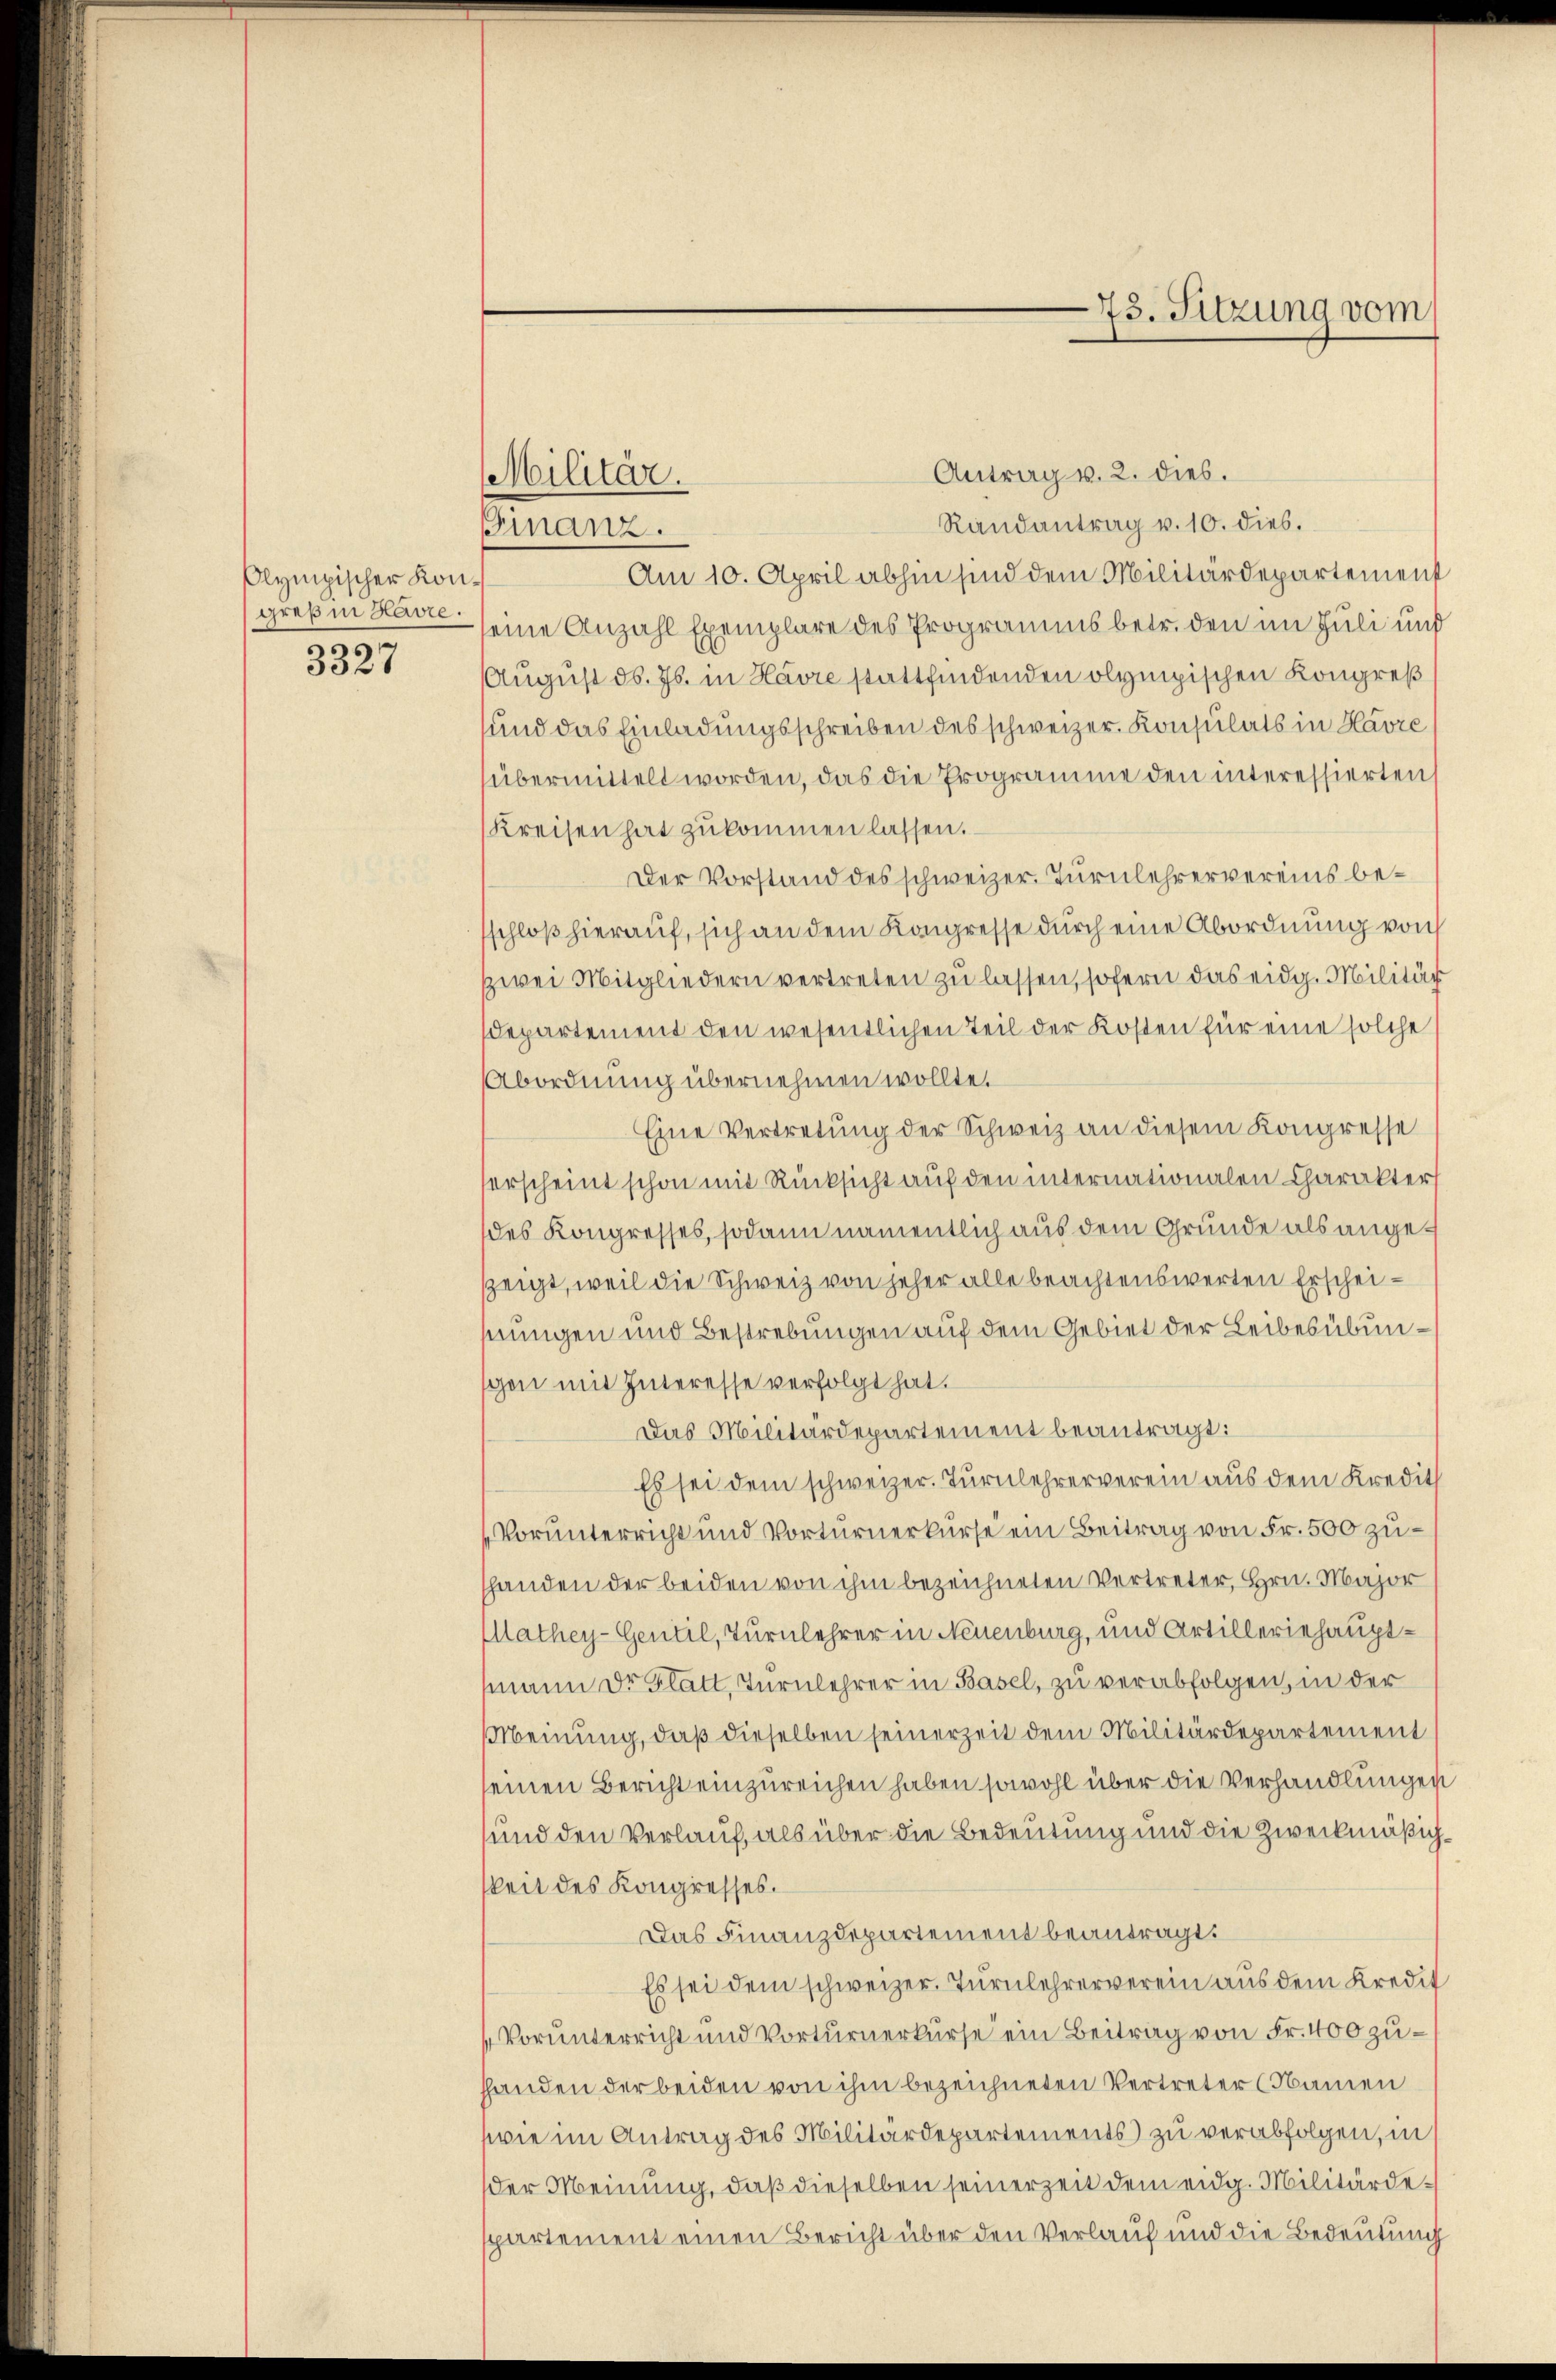
Olympischer Kongreß in Havre.
3327

Militär.
Ginanz.

Antrag v. 2. dies.
Randantrag v. 10. dies.
Am 10. April abhin sind dem Militärdepartement
eine Anzahl Exemplare des Programms betr. den im Juli und
August ds. Js. in Havre stattfindenden olympischen Kongreß
und das Einladungsschreiben des schweizer. Konsulats in Havre
übermittelt worden, das die Programme den interessierten
kreisen hat zukommen lassen.
Der Vorstand des schweizer. Turnlehrervereins beschloß hierauf, sich an dem Kongresse durch eine Abordnung von
zwei Mitgliedern vertreten zu lassen, sofern das eidg. Militär
departement den wesentlichen Teil der Kosten für eine solche
Abordnung übernehmen wollte.
Eine Vertretung der Schweiz an diesem Kongresse
erscheint schon mit Rücksicht auf den internationalen Charakters
des Kongresses, sodann namentlich aus dem Grunde als angezzeigt, weil die Schweiz von jeher alle beachtenswerten Erscheihnungen und Bestrebungen auf dem Gebiet der Leibesübungen mit Interesse verfolgt hat.
Das Militärdepartement beantragt:
Es sei dem schweizer. Turnlehrerverein aus dem Kredit
Vorunterricht und Vorturnerkurse ein Beitrag von Fr. 500 zuhanden der beiden von ihm bezeichneten Vertreter, Hrn. Major
Mathey-Gentil, Turnlehrer in Neuenburg, und Artilleriehauptmann Dr. Glatt, Turnlehrer in Basel, zu verabfolgen, in der
Meinung, daß dieselben seinerzeit dem Militärdepartement
seinen Bericht einzureichen haben sowohl über die Verhandlungen
und den Verlauf, als über die Bedeutung und die Zweckmäßigkeit des Kongresses.
Das Finanzdepartement beantragt.
Es sei dem schweizer, Turnlehrerverein aus dem Kredit
Vorunterricht und Vorturnerkurse ein Beitrag von Fr. 400 zuhhanden der beiden von ihm bezeichneten Vertreter Namen
wie im Antrag des Militärdepartements zu verabfolgen, in
der Meinung, daß dieselben seinerzeit dem eidg. Militärdespartement einen Bericht über den Verlauf und die Bedeutung

73. Sitzung vom